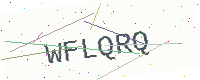
Text: WFLQRQ